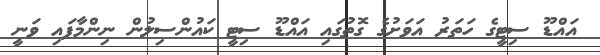
އައްޑޫ ސިޓީގެ ހަތަރު އަވަށުގެ ގޮތުގައި އައްޑޫ ސިޓީ ކައުންސިލުން ނިންމާފައި ވަނީ